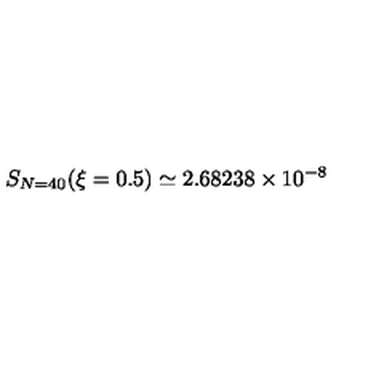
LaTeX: S _ { N = 4 0 } ( \xi = 0 . 5 ) \simeq 2 . 6 8 2 3 8 \times 1 0 ^ { - 8 }